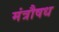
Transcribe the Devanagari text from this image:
मंत्रौषध